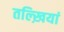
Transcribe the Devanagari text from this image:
तल्ख़ियां